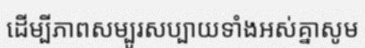
ដើម្បីភាពសម្បូរសប្បាយទាំងអស់គ្នាសូម